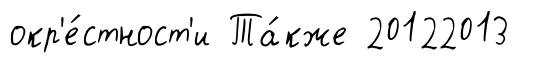
окр'е́стност'и Та́кже 20122013